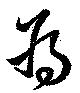
為